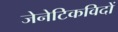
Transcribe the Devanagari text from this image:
जेनेटिकविदों